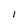
Character: 1